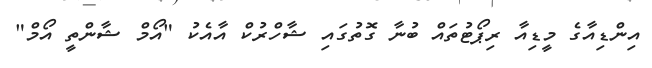
އިންޑިއާގެ މީޑިއާ ރިޕޯޓުތައް ބުނާ ގޮތުގައި ޝާހްރުކް އާއެކު "އޯމް ޝާންތީ އޯމް"